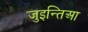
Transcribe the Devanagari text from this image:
जुइन्तिआ